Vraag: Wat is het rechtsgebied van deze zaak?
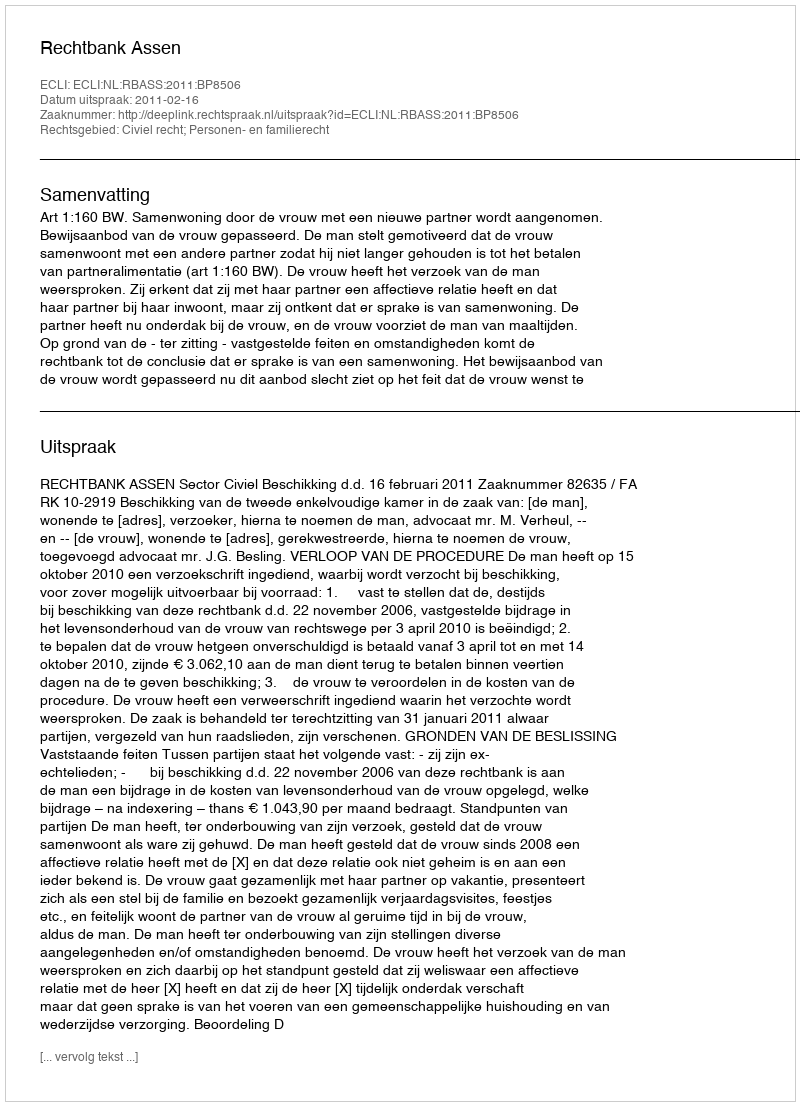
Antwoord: Civiel recht; Personen- en familierecht